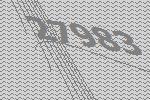
27983